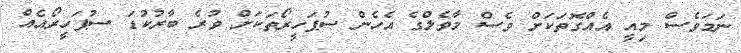
ނަމަވެސް މިއީ އެއްގޮތަކަށް ވެސް މާވެލްގެ އެހެން ސުޕަހީރޯތަކަށް ވުރެ ބާރުކުޑަ ސުޕަހީރޯއެއް